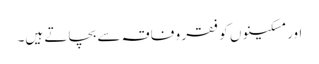
اور مسکینوں کو فقر و فاقہ سے بچاتے ہیں۔